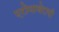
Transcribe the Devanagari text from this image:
एरोमाथेरापी